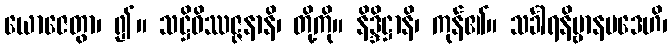
ယောဇေတွာ၊ ၍။ သဋ္ဌိဝိဿဇ္ဇနာနိ၊ တို့ကို။ နိဒ္ဒိဋ္ဌာနိ၊ ကုန်၏။ သင်္ခါရနိဗ္ဗာနပဒေဟိ၊